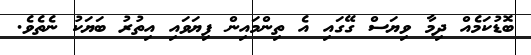
ބޮޑުކަމެއް ދިމާ ވިޔަސް ގޭގައި އެ ތިންމައިން ފިޔަވައި އިތުރު ބަޔަކު ނެތެވެ.